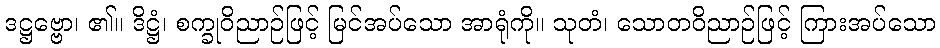
ဒဋ္ဌဗ္ဗော၊ ၏။ ဒိဋ္ဌံ၊ စက္ခုဝိညာဉ်ဖြင့် မြင်အပ်သော အာရုံကို။ သုတံ၊ သောတဝိညာဉ်ဖြင့် ကြားအပ်သော